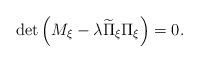
\begin{align*}\det\left(M_\xi-\lambda\widetilde{\Pi}_\xi\Pi_\xi\right)=0.\end{align*}